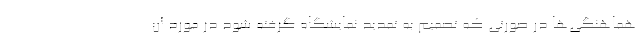
هماهنگی‌ها در صورتی که تصمیم به تمدید نمایشگاه گرفته شود در مورد آن